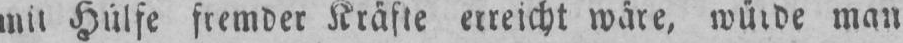
mit Hülfe fremder Kräfte erreicht wäre, würde man